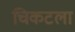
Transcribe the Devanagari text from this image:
चिकटला